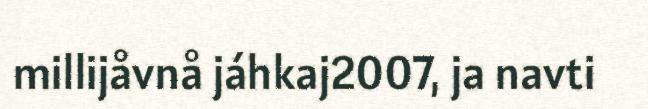
millijåvnå jáhkaj2007, ja navti